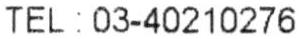
TEL : 03-40210276